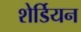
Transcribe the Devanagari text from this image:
शेर्डियन